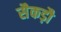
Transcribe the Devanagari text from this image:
सैकड़ौ